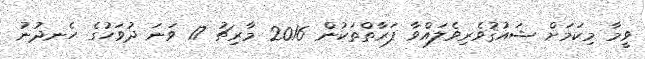
ވީމާ މިކަމަށް ޝައުޤުވެރިވެލައްވާ ފަރާތްތަކުން 2016 މާރިޗު 17 ވަނަ ދުވަހުގެ ހެނދުނު